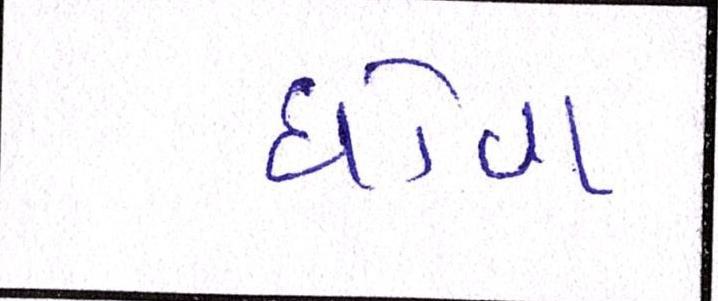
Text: ધોવા